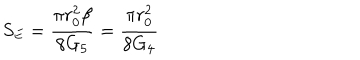
S _ { E } = \frac { \pi r _ { 0 } ^ { 2 } \beta } { 8 G _ { 5 } } = \frac { \pi r _ { 0 } ^ { 2 } } { 8 G _ { 4 } }